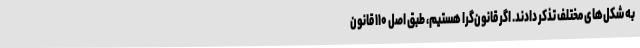
به شکل‌های مختلف تذکر دادند. اگر قانون‌گرا هستیم، طبق اصل ۱۱۰ قانون